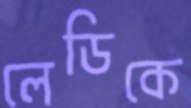
লেডিকে